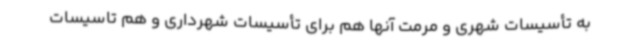
به تأسیسات شهری و مرمت آنها هم برای تأسیسات شهرداری و هم تاسیسات